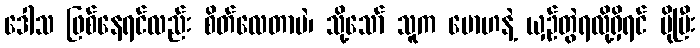
ဒေါသ ဖြစ်နေရင်လည်း စိတ်လေတာပဲ၊ သို့သော် သူက မောဟနဲ့ ယှဉ်တွဲရလို့ရှိရင် ပိုပြီး